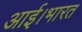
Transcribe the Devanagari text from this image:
आई।भारत